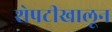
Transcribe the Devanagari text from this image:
शेपटीखालून